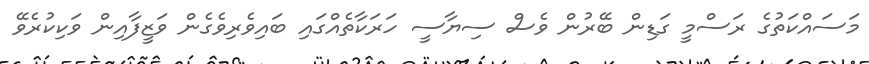
މަސައްކަތުގެ ރަސްމީ ގަޑިން ބޭރުން ވެސް ސިޔާސީ ހަރަކާތެއްގައި ބައިވެރިވެގެން ވަޒީފާއިން ވަކިކުރެވޭ